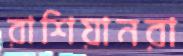
রাশিয়ানরা